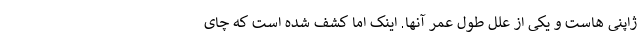
ژاپنی هاست و یکی از علل طول عمر آنها. اینک اما کشف شده است که چای